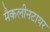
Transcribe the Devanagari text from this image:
मैकलीनटायर